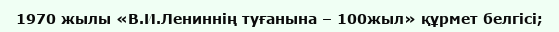
1970 жылы «В.И.Лениннің туғанына – 100жыл» құрмет белгісі;